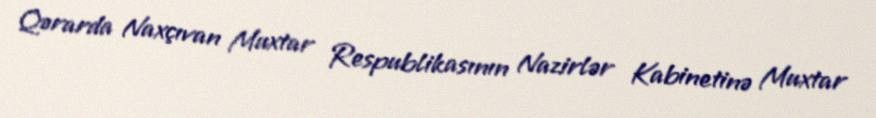
Qərarda Naxçıvan Muxtar Respublikasının Nazirlər Kabinetinə Muxtar